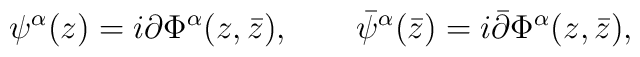
\psi^\alpha(z) = i\partial \Phi^\alpha(z,\bar z), \qquad  \bar\psi^\alpha(\bar z) = i\bar\partial \Phi^\alpha(z,\bar z),